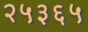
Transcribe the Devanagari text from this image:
२५३६५